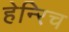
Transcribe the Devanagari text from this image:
हेन्‍रिच